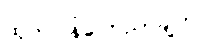
ထုတ်ပြန်ကြေညာချက်